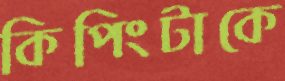
কিপিংটাকে